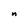
Character: n